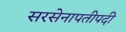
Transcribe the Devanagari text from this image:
सरसेनापतीपदी